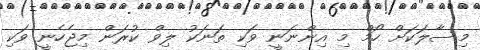
މިސާލަކަށް ހޯމް މި އިންނަނީ ވަކި ތަނަކު ލިވް ކުރަން މިޖެހެނީ ވަކި